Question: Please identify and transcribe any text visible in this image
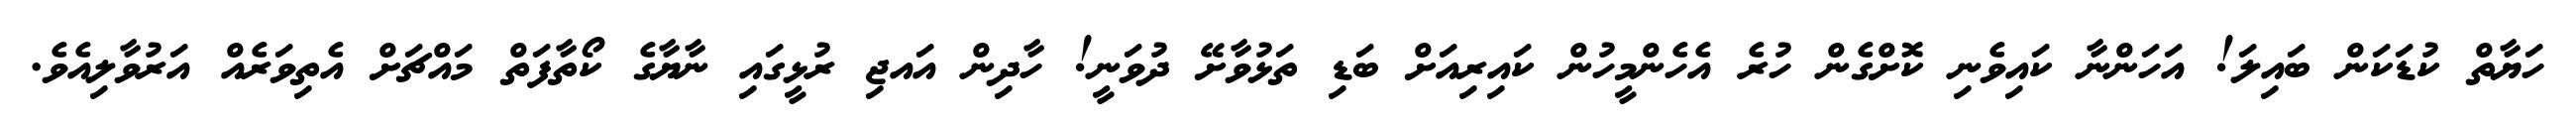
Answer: ހަޔާތް ކުޑަކަން ބައިލަ! އަހަންނާ ކައިވެނި ކޮށްގެން ހުރެ އެހެންމީހުން ކައިރިއަށް ބަޑި ތަޅުވާށޭ ދުވަނީ! ހާދިން އައޖި ރުޅީގައި ނާޔާގެ ކޯތާފަތް މައްޗަށް އެތިވަރެއް އަރުވާލިއެވެ.